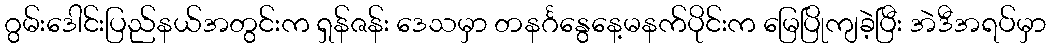
ဂွမ်းဒေါင်းပြည်နယ်အတွင်းက ရှန်ဇန်း ဒေသမှာ တနင်္ဂနွေနေ့မနက်ပိုင်းက မြေပြိုကျခဲ့ပြီး အဲဒီအရပ်မှာ